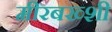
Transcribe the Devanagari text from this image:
मीरबख्शी